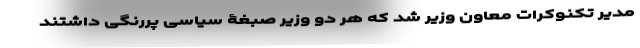
مدیر تکنوکرات معاون وزیر شد که هر دو وزیر صبغۀ سیاسی پررنگی داشتند